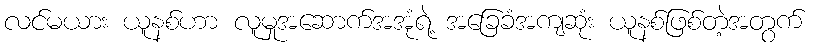
လင်မယား ယူနစ်ဟာ လူမှုအဆောက်အအုံရဲ့ အခြေခံအကျဆုံး ယူနစ်ဖြစ်တဲ့အတွက်